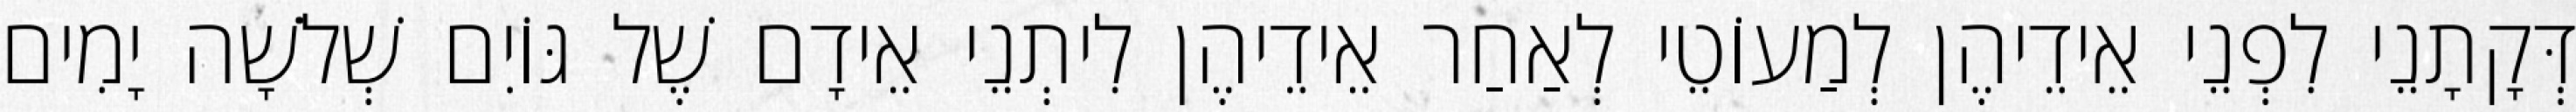
דְּקָתָנֵי לִפְנֵי אֵידֵיהֶן לְמַעוֹטֵי לְאַחַר אֵידֵיהֶן לִיתְנֵי אֵידָם שֶׁל גּוֹיִם שְׁלֹשָׁה יָמִים